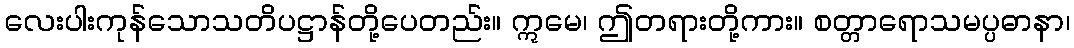
လေးပါးကုန်သောသတိပဋ္ဌာန်တို့ပေတည်း။ ဣမေ၊ ဤတရားတို့ကား။ စတ္တာရောသမပ္ပဓာနာ၊